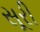
સૂરી